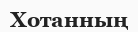
Хотанның